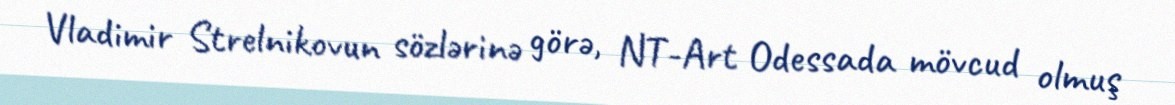
Vladimir Strelnikovun sözlərinə görə, NT-Art Odessada mövcud olmuş